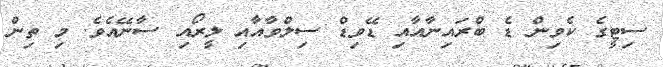
ސިޓީގެ ކެވިން ޑެ ބްރައިނާއާއި ޑޭވިޑް ސިލްވާއާއި ލީރޯއި ސާނޭއެވެ. މި ތިން